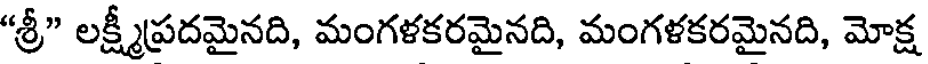
"శ్రీ" లక్ష్మీప్రదమైనది, మంగళకరమైనది, మంగళకరమైనది, మోక్ష